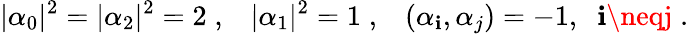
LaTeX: |\alpha_{0}|^{2}=|\alpha_{2}|^{2}=2\; ,\; \; \; |\alpha_{1}|^{2}=1\; ,\; \; \; (\alpha_{\mathbf{i}},\alpha_{j})=-1,\; \; \mathbf{i}\neqj\; .